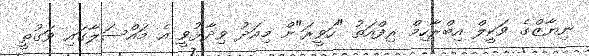
ނިޔާޒްގެ ވަކީލް އިބްރާހިމް ރިފްއަތު "ހަވީރަ"ށް މިއަދު ވިދާޅުވީ އެ މައްސަލާގައި ވަގުތީ